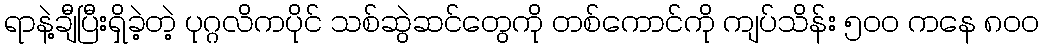
ရာနဲ့ချီပြီးရှိခဲ့တဲ့ ပုဂ္ဂလိကပိုင် သစ်ဆွဲဆင်တွေကို တစ်ကောင်ကို ကျပ်သိန်း ၅ဝဝ ကနေ ၈ဝဝ